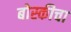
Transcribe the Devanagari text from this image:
बोस्कीचा